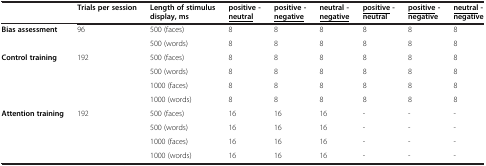
|  | Trials per session | Length of stimulus display, ms | positive - <underline>neutral</underline> | positive - <underline>negative</underline> | neutral - <underline>negative</underline> | <underline>positive</underline>- neutral | <underline>positive</underline>- negative | <underline>neutral</underline>- negative |
 | --- | --- | --- | --- | --- | --- | --- | --- | --- |
 | Bias assessment | 96 | 500 (faces) | 8 | 8 | 8 | 8 | 8 | 8 |
 |  |  | 500 (words) | 8 | 8 | 8 | 8 | 8 | 8 |
 | Control training | 192 | 500 (faces) | 8 | 8 | 8 | 8 | 8 | 8 |
 |  |  | 500 (words) | 8 | 8 | 8 | 8 | 8 | 8 |
 |  |  | 1000 (faces) | 8 | 8 | 8 | 8 | 8 | 8 |
 |  |  | 1000 (words) | 8 | 8 | 8 | 8 | 8 | 8 |
 | Attention training | 192 | 500 (faces) | 16 | 16 | 16 | - | - | - |
 |  |  | 500 (words) | 16 | 16 | 16 | - | - | - |
 |  |  | 1000 (faces) | 16 | 16 | 16 | - | - | - |
 |  |  | 1000 (words) | 16 | 16 | 16 | - | - | - |